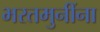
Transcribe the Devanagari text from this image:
भरतमुनींना